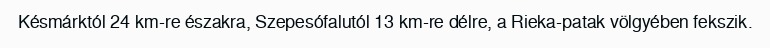
Késmárktól 24 km-re északra, Szepesófalutól 13 km-re délre, a Rieka-patak völgyében fekszik.